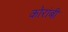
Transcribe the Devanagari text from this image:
कोरांबी